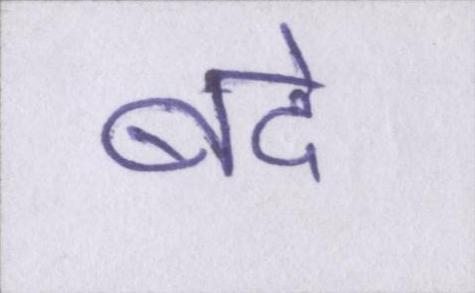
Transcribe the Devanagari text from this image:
बंदे